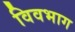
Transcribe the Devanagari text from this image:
विवभाग